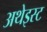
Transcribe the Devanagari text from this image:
अथेइस्ट